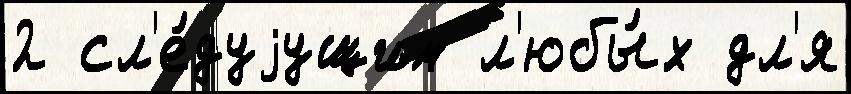
2 сл'е́дуjущим л'юбы́х дл'я